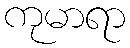
ကုမာရာ